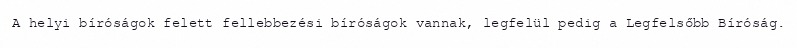
A helyi bíróságok felett fellebbezési bíróságok vannak, legfelül pedig a Legfelsőbb Bíróság.